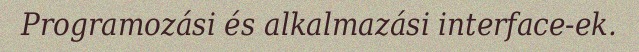
Programozási és alkalmazási interface-ek.